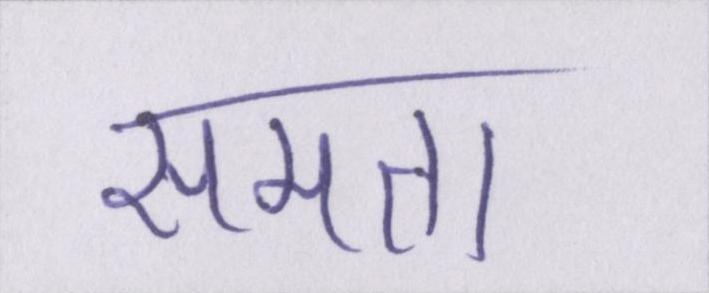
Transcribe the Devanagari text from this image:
समता